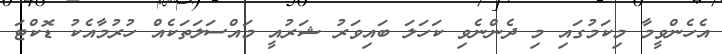
އެހެންވީމާ މިކަމުގައި މި ދެންނެވި ކަހަލަ ބައިވަރު ޝަރުއީ މައްސަލަތަކެއް ހުރުމާއެކު ޑޮކްޓަ